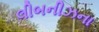
લીબનીઝના